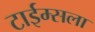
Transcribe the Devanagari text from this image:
टाईम्सला